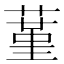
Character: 蓳